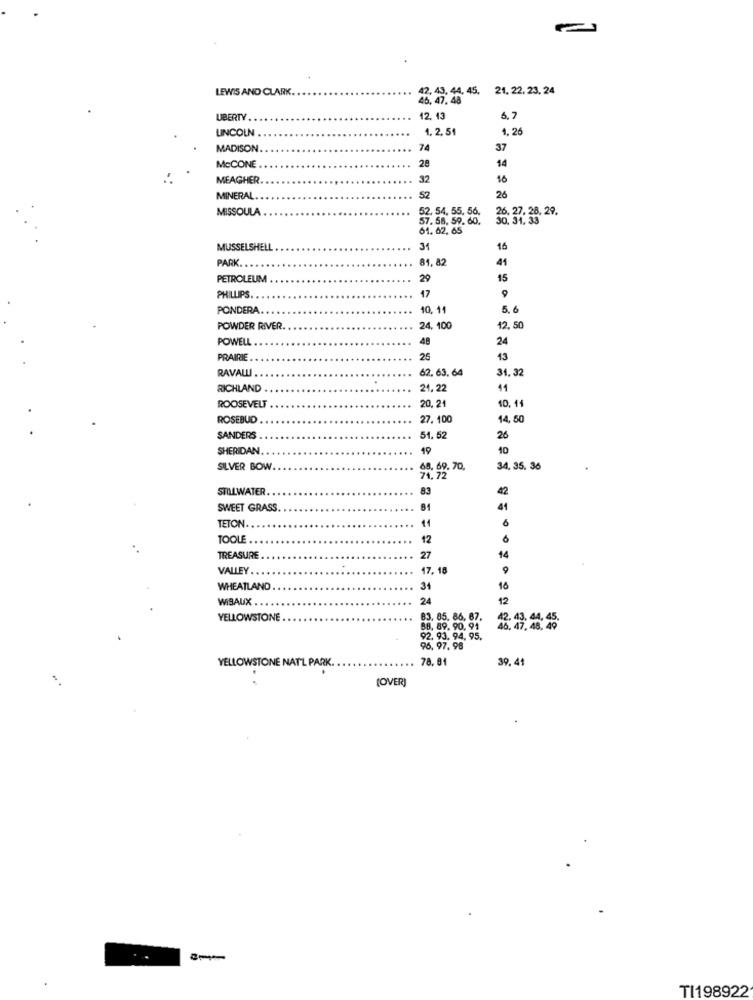
LEWIS AND CLARK.
.. 42, 43, 44, 45. 21. 22. 23. 24
46, 47. 48
LIBERTY.
12. 13
6.7
LINCOLN
1, 2, 51
1.26
MADISON
74
37
McCONE
28
14
MEAGHER
32
16
MINERAL
52
26
MISSOULA
52. 54, 55, 56.
26. 27. 28, 29.
57. 56, 59. 60.
61. 62, 65
MUSSELSHELL
31
16
PARK
81. 82
41
PETROLEUM
29
15
PHILLIPS.
47
9
PONDERA
10, 11
5. 6
POWDER RIVER.
24, 100
12.50
POWELL
48
24
PRAIRIE
25
43
RAVALLI
62. 63. 64
31.32
RICHLAND
24.22
11
10. 11
ROOSEVELT
20,21
ROSEBUD
27. 100
14.50
SANDERS
51.52
26
SHERIDAN
19
10
SILVER BOW
. 69. 70,
34. 35. 36
STILLWATER.
83
42
SWEET GRASS.
81
41
TETON
11
6
TOOLE
12
6
TREASURE
27
14
VALLEY ..
17.18
9
WHEATLAND
34
16
WISAUX .
24
12
YELLOWSTONE
83. 05. 86, 67.
12. 43. 44, 45.
88, 89. 90. 91
92. 93. 94, 95.
96.97.96
78. 81
39.41
YELLOWSTONE NAT'L PARK.
(OVER)
TI198922